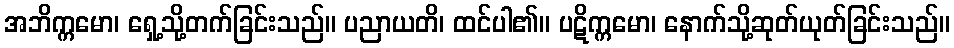
အဘိက္ကမော၊ ရှေ့သို့တက်ခြင်းသည်။ ပညာယတိ၊ ထင်ပါ၏။ ပဋိက္ကမော၊ နောက်သို့ဆုတ်ယုတ်ခြင်းသည်။